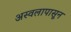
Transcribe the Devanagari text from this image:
अस्वलापासून